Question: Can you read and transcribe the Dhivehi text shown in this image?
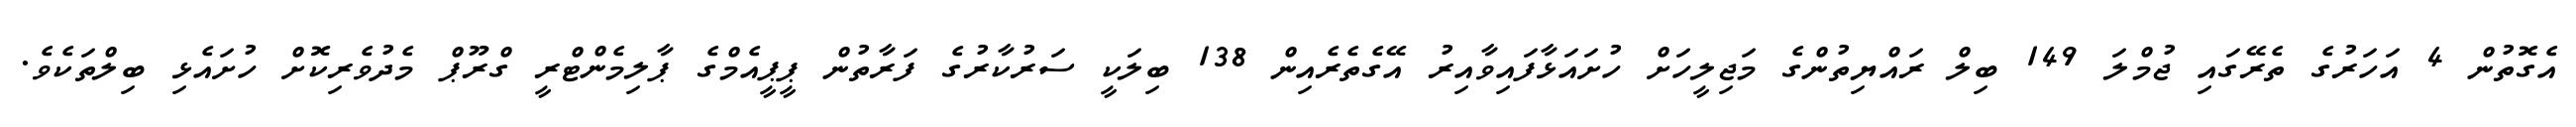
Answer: އެގޮތުން 4 އަހަރުގެ ތެރޭގައި ޖުމްލަ 149 ބިލް ރައްޔިތުންގެ މަޖިލީހަށް ހުށައަޅާފައިވާއިރު އޭގެތެރެއިން 138 ބިލަކީ ސަރުކާރުގެ ފަރާތުން ޕީޕީއެމްގެ ޕާލިމެންޓްރީ ގްރޫޕް މެދުވެރިކޮށް ހުށައެޅި ބިލްތަކެވެ.